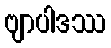
ဗျာပါဒဿ